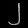
Digit: ၂